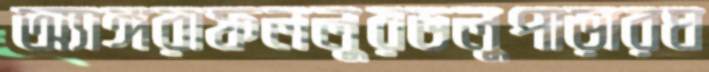
অ্যাঙ্গরাফললুরডলুপাড়ারঘ